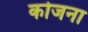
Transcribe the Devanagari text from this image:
कोजना